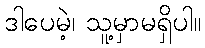
ဒါပေမဲ့၊ သူ့မှာမရှိပါ။